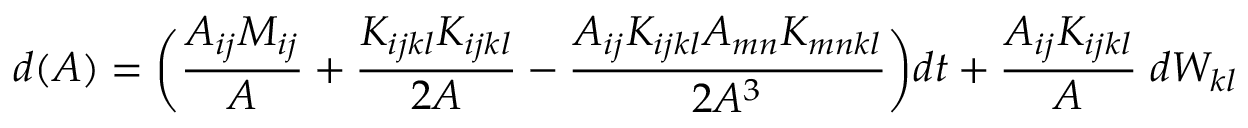
d ( A ) = \bigg ( \frac { A _ { i j } M _ { i j } } { A } + \frac { K _ { i j k l } K _ { i j k l } } { 2 A } - \frac { A _ { i j } K _ { i j k l } A _ { m n } K _ { m n k l } } { 2 A ^ { 3 } } \bigg ) d t + \frac { A _ { i j } K _ { i j k l } } { A } \; d W _ { k l }